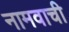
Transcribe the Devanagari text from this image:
नामवाची